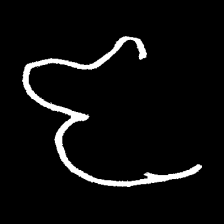
Pyu character \u2014 Myanmar letter: ဇ (romanized: ja)